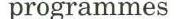
Programmes